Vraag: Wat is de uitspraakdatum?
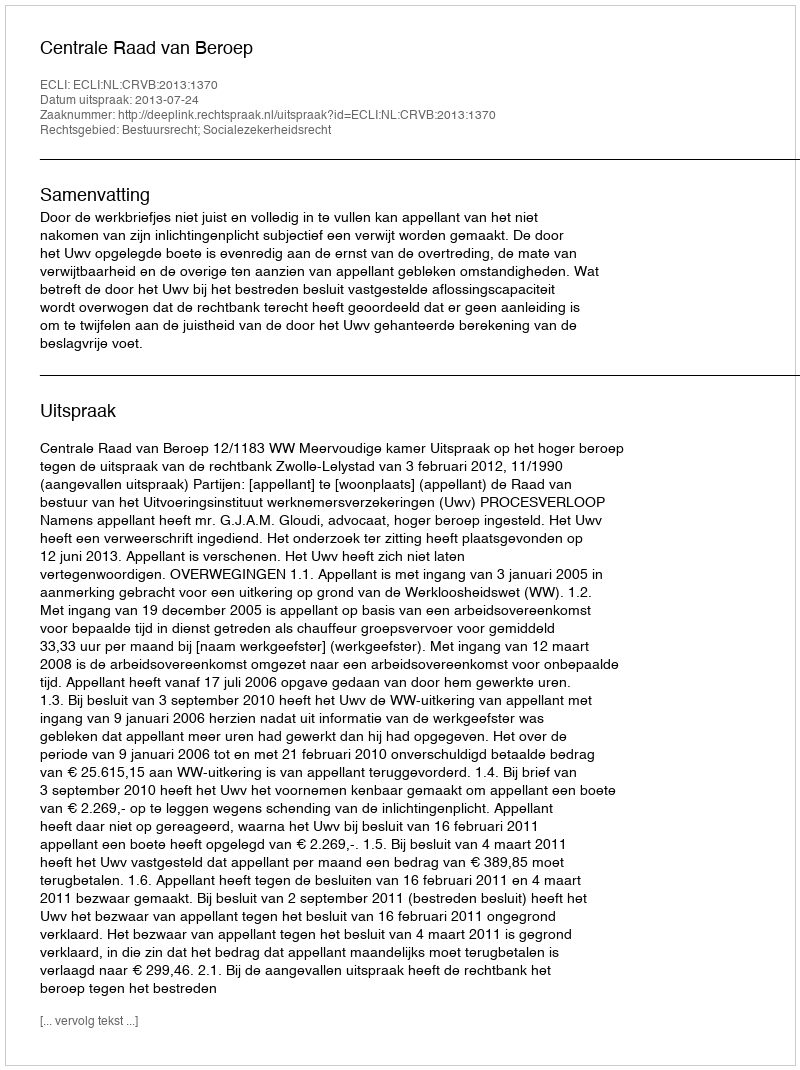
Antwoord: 2013-07-24